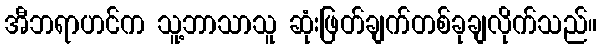
အီဘရာဟင်က သူ့ဘာသာသူ ဆုံးဖြတ်ချက်တစ်ခုချလိုက်သည်။